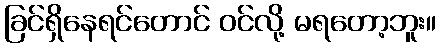
ခြင်ရှိနေရင်တောင် ဝင်လို့ မရတော့ဘူး။